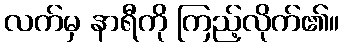
လက်မှ နာရီကို ကြည့်လိုက်၏။